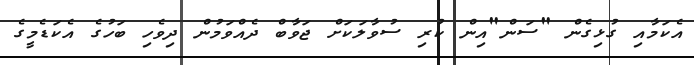
އެކަމާއި ގުޅިގެން "ސަން"އިން ކުރި ސުވާލަކަށް ޖަވާބް ދެއްވަމުން ދިވެހި ބަހުގެ އެކަޑެމީގެ